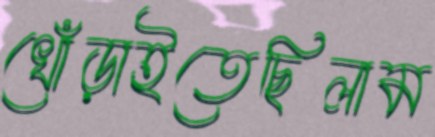
খোঁড়াইতেছিলাম